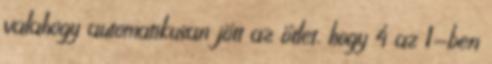
valahogy automatikusan jött az ötlet, hogy 4 az 1-ben